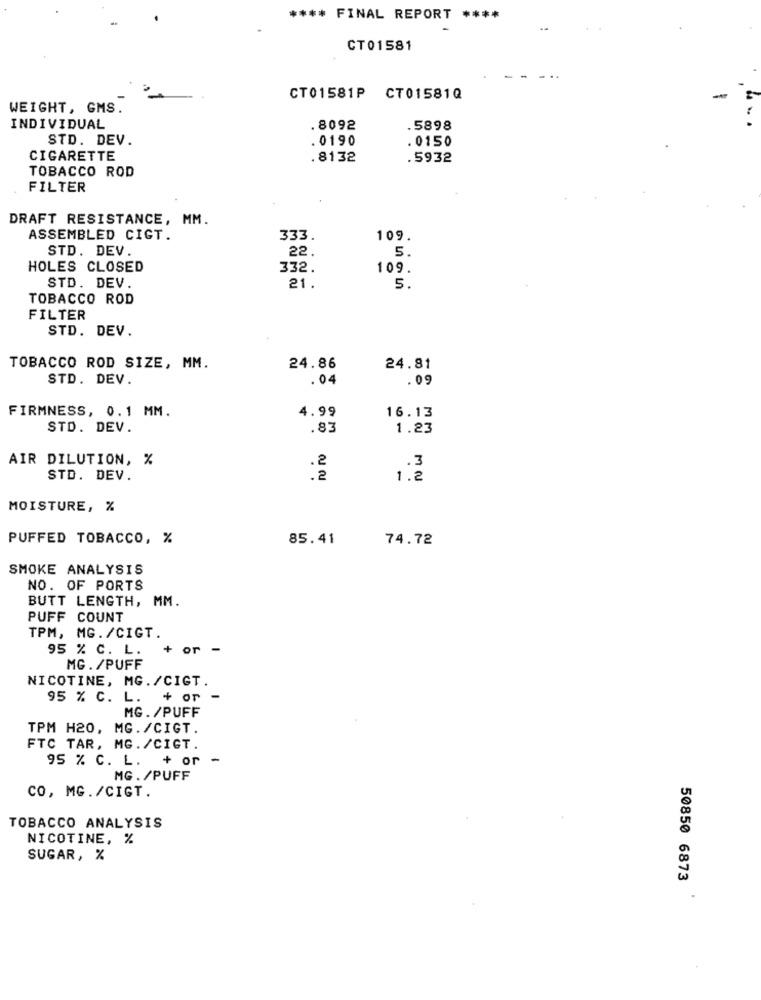
**** FINAL REPORT ****
CT01581
CT01581P CT01581Q
WEIGHT, GMS.
INDIVIDUAL
8092
5898
STD. DEV.
. 0190
.0150
CIGARETTE
.8132
.5932
TOBACCO ROD
FILTER
DRAFT RESISTANCE, MM.
ASSEMBLED CIGT.
333.
109.
STD. DEV.
22.
5.
HOLES CLOSED
332.
109.
STD. DEV.
21.
5.
TOBACCO ROD
FILTER
STD. DEV.
TOBACCO ROD SIZE, MM.
24.86
24.81
STD. DEV.
.04
. 09
FIRMNESS, 0.1 MM.
4.99
16.13
STD. DEV.
.83
1.23
AIR DILUTION, %
.2
.3
STD. DEV.
.2
1.2
MOISTURE, %
PUFFED TOBACCO, %
85.41
74.72
SMOKE ANALYSIS
NO. OF PORTS
BUTT LENGTH, MM.
PUFF COUNT
TPM, MG. /CIGT.
95 % C. L.
+ or -
MG. /PUFF
NICOTINE, MG./CIGT.
95 % C. L. + or
MG. /PUFF
TPM H20, MG. /CIGT.
FTC TAR, MG. /CIGT.
95 % C. L. + or -
MG. /PUFF
CO, MG./CIGT.
TOBACCO ANALYSIS
NICOTINE, %
SUGAR, %
50850 6873